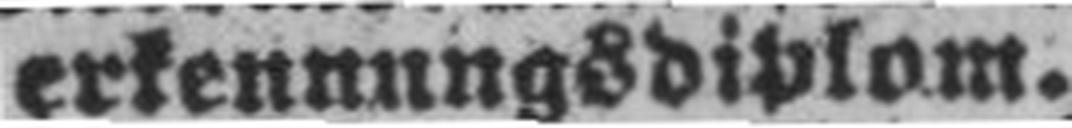
erkennungsdiplom.